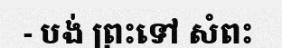
- បង់ ព្រះទៅ សំពះ